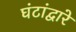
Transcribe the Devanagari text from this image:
घंटांद्वारे